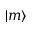
| m \rangle